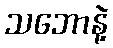
သဘောနဲ့